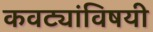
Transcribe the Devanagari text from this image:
कवट्यांविषयी